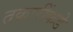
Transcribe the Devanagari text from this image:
तक्रारींकडे